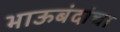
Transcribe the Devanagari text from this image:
भाऊबंदांचा